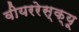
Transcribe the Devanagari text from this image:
वीयररेस्क्यू